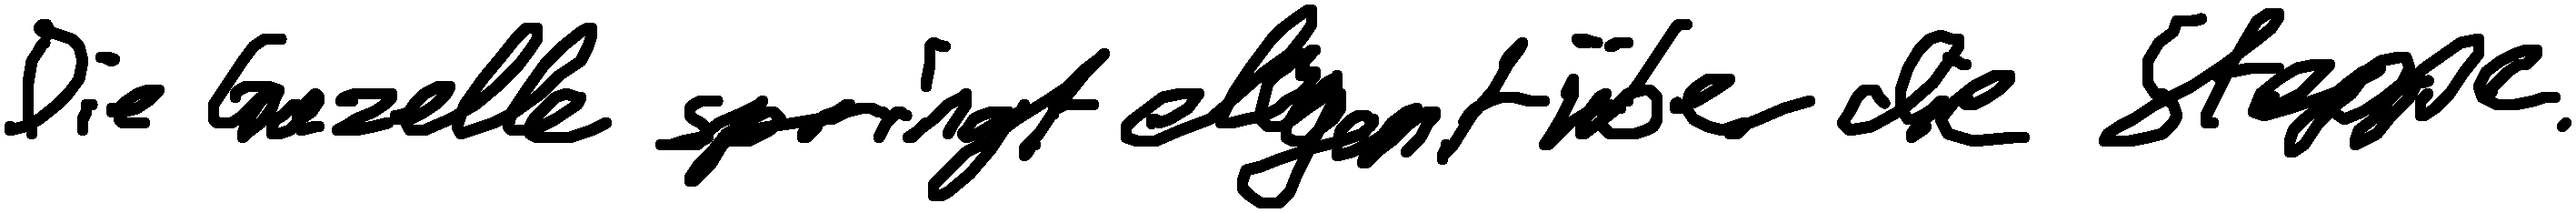
Die Gazelle springt elegant über die Steppe.